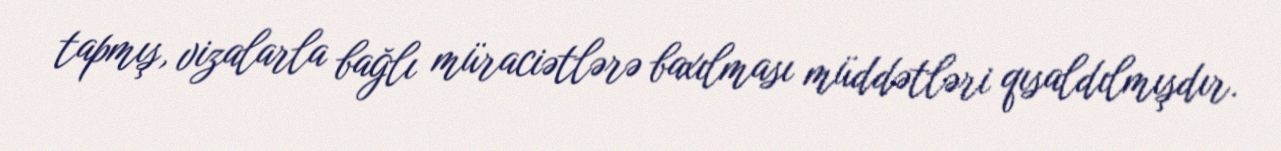
tapmış, vizalarla bağlı müraciətlərə baxılması müddətləri qısaldılmışdır.